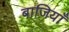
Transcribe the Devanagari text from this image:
बाजियाँ